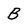
Character: B